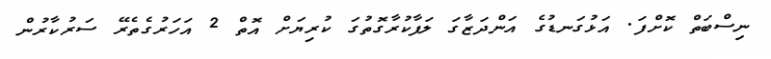
ނިސްބަތް ކޮށްފަ. އަޅުގަނޑުގެ އަންދަޒާގަ ލަފާކުރާގޮތުގަ ކުރިޔަށް އޮތް 2 އަހަރުގެތެރޭ ސަރުކާރުން